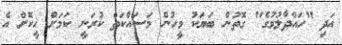
އަދި "ހައްދާލުމުގެ" ގޮތުން ބަޔަކު މީހުން މަސައްކަތް ކުރަނީ ކަމަށް ހީކޮށް އެ